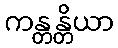
ကန္တန္တိယာ